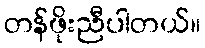
တန်ဖိုးညီပါတယ်။